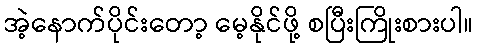
အဲ့နောက်ပိုင်းတော့ မေ့နိုင်ဖို့ စပြီးကြိုးစားပါ။